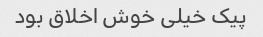
پیک خیلی خوش اخلاق بود